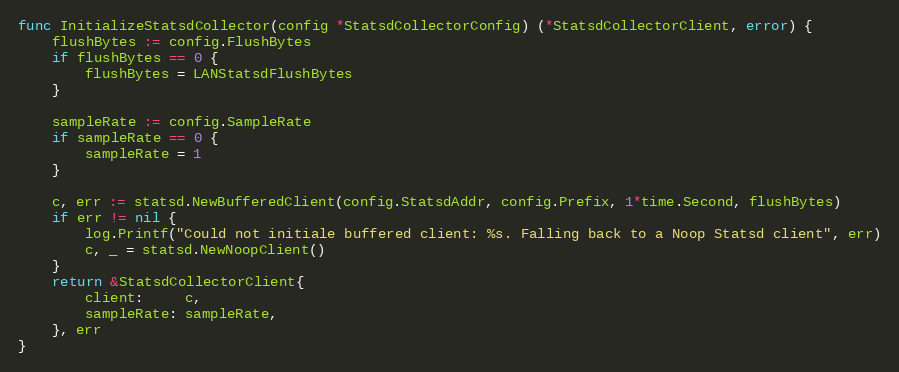
Language: Go
func InitializeStatsdCollector(config *StatsdCollectorConfig) (*StatsdCollectorClient, error) {
	flushBytes := config.FlushBytes
	if flushBytes == 0 {
		flushBytes = LANStatsdFlushBytes
	}

	sampleRate := config.SampleRate
	if sampleRate == 0 {
		sampleRate = 1
	}

	c, err := statsd.NewBufferedClient(config.StatsdAddr, config.Prefix, 1*time.Second, flushBytes)
	if err != nil {
		log.Printf("Could not initiale buffered client: %s. Falling back to a Noop Statsd client", err)
		c, _ = statsd.NewNoopClient()
	}
	return &StatsdCollectorClient{
		client:     c,
		sampleRate: sampleRate,
	}, err
}